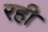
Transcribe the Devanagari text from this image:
रही